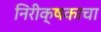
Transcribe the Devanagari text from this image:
निरीक्षकाचा